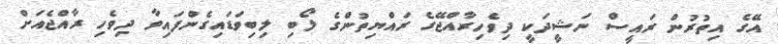
އޭގެ އިތުރުން ރައީސް ނަޝީދަކީ ދިވެހިރާއްޖޭގެ ރައްޔިތުންގެ ލޯބި ލިބިވަޑައިގެންފައިވާ ދިވެހި ރާއްޖެއަށް